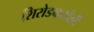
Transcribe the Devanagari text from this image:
शिरोडकरांशी